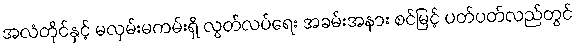
အလံတိုင်နှင့် မလှမ်းမကမ်းရှိ လွတ်လပ်ရေး အခမ်းအနား စင်မြင့် ပတ်ပတ်လည်တွင်